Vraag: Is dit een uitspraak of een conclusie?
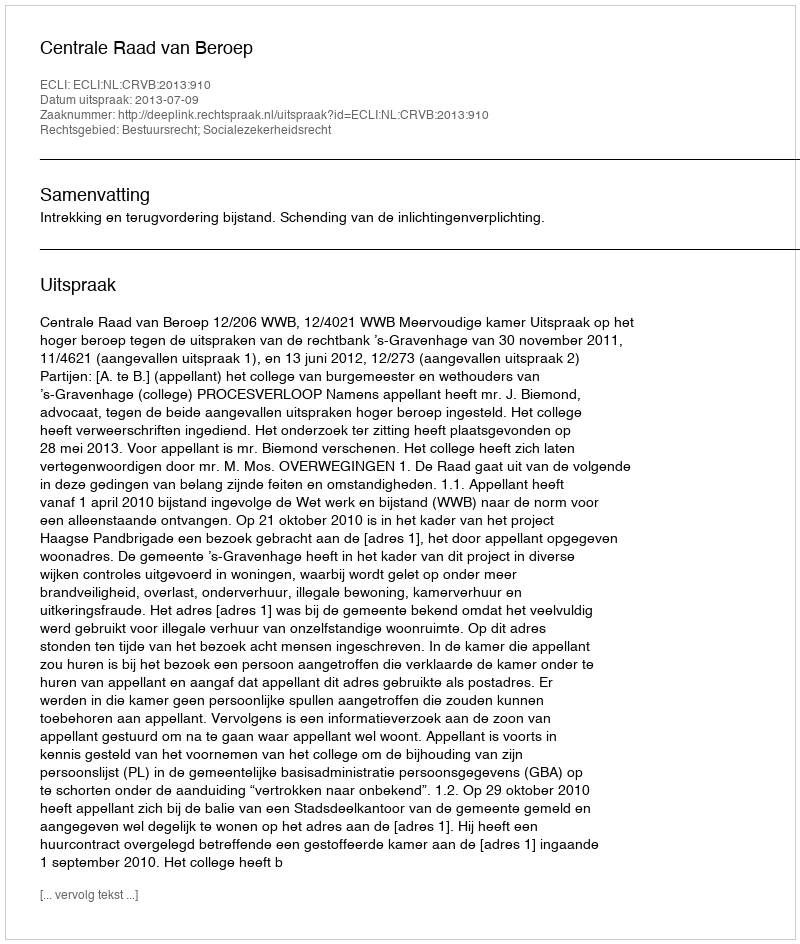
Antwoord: Uitspraak